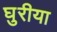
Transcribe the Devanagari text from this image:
घुरीया